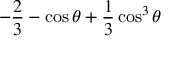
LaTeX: - \frac { 2 } { 3 } - \cos \theta + \frac { 1 } { 3 } \cos ^ { 3 } \theta